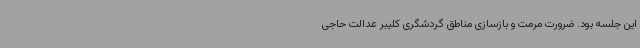
این جلسه بود. ضرورت مرمت و بازسازی مناطق گردشگری کلیبر عدالت حاجی